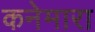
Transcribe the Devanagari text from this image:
कनेमारा